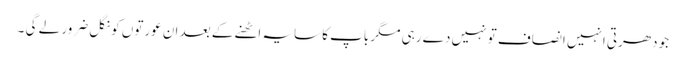
جو دھرتی انہیں انصاف تو نہیں دے رہی مگر باپ کا سایہ اٹھنے کے بعد ان عورتوں کو نگل ضرور لے گی ۔